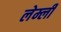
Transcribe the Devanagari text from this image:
लेम्ली